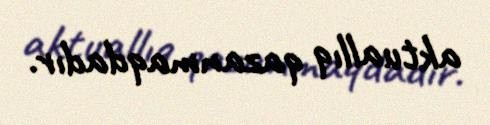
aktuallıq qazanmaqdadır.